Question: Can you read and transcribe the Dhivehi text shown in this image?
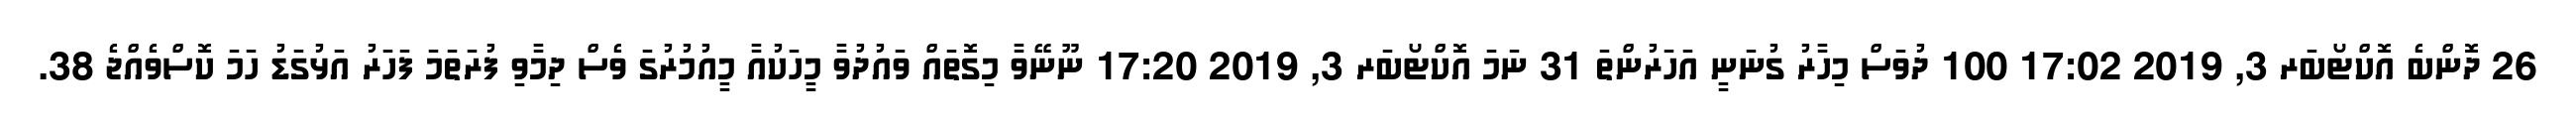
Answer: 26 ދޮންބެ އޮކްޓޯބަރ 3, 2019 17:02 100 ދުވަސް މިހާރު ގުނަނީ އަހަރުންތަ 31 ނަމަ އޮކްޓޯބަރ 3, 2019 17:20 ނޫނޭވާ މިގޮތައް ވައުދުވާ މީހަކުއާ މީއުމުރުގަ ވެސް ދިމާވި ފުރަތަމަ ފަހަރު އަޅުގަޑު ހަމަ ކޮސްވެއްޖެ 38.